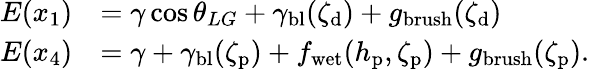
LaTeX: \begin{array}{rl}{E(x_{1})}&{=\gamma\cos{\theta_{LG}}+\gamma_{\mathrm{bl}}(\zeta_{\mathrm{d}})+g_{\mathrm{brush}}({\zeta_{\mathrm{d}}})}\\ {E(x_{4})}&{=\gamma+\gamma_{\mathrm{bl}}(\zeta_{\mathrm{p}})+f_{\mathrm{wet}}(h_{\mathrm{p}},\zeta_{\mathrm{p}})+g_{\mathrm{brush}}({\zeta_{\mathrm{p}}}).}\end{array}